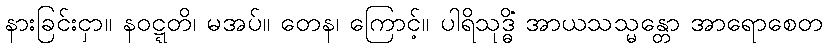
နားခြင်းငှာ။ နဝဋ္ဋတိ၊ မအပ်။ တေန၊ ကြောင့်။ ပါရိသုဒ္ဓိံ အာယသသ္မန္တော အာရောစေတ